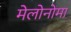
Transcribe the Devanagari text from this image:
मेलोनोमा